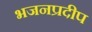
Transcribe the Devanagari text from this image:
भजनप्रदीप